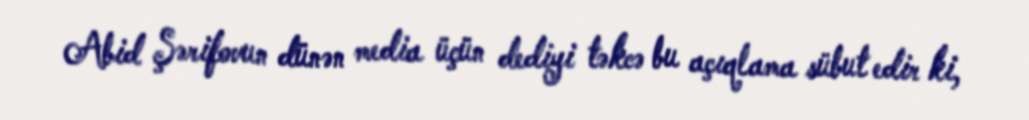
Abid Şərifovun dünən media üçün dediyi təkcə bu açıqlama sübut edir ki,